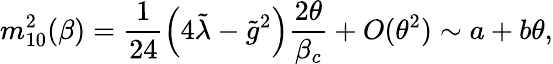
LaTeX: m_{10}^{2}(\beta)=\frac{1}{24}\left(4\tilde{\lambda}-\tilde{g}^{2}\right)\frac{2\theta}{\beta_{c}}+O(\theta^{2})\sim a+b\theta,